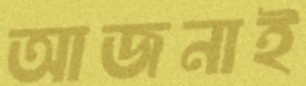
আজনাই